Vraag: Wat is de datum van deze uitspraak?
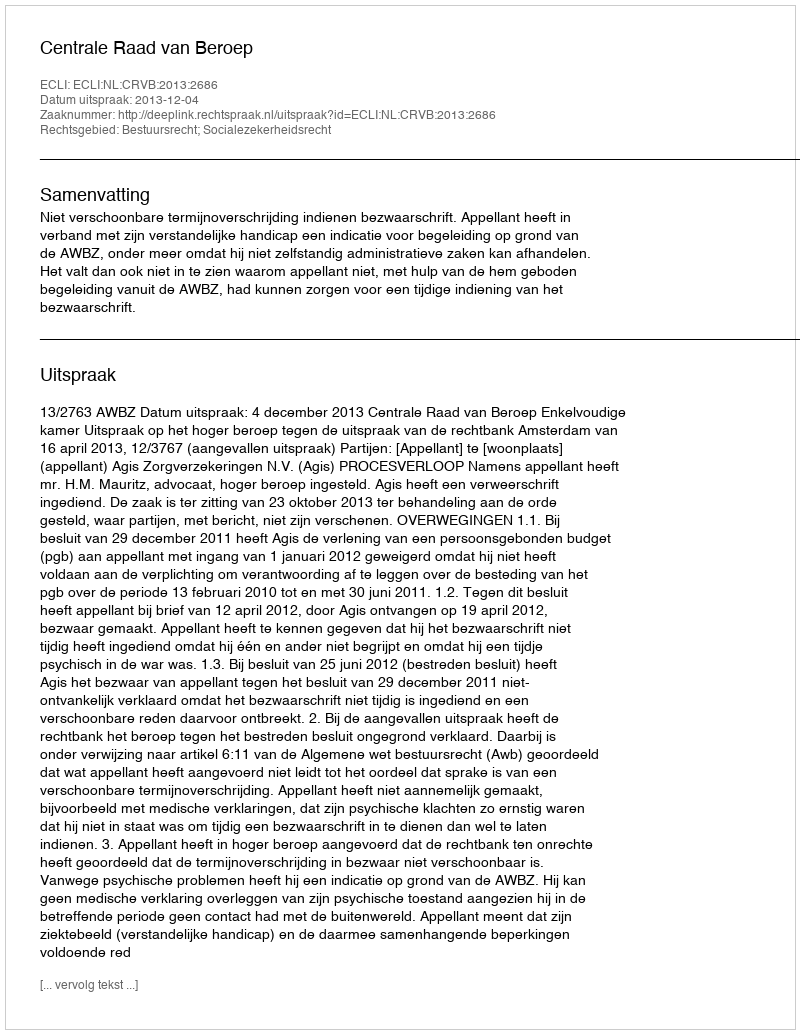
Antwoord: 2013-12-04